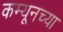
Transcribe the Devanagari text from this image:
कम्यूनच्या